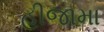
હીજામા